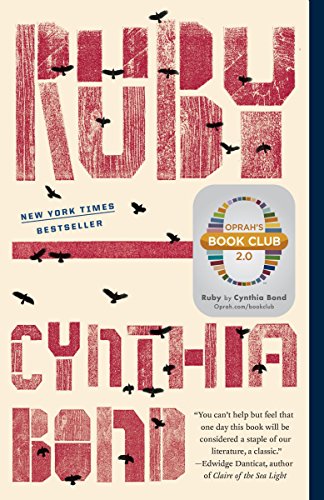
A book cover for Ruby (Oprah's Book Club 2.0); Cynthia Bond; Literature & Fiction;